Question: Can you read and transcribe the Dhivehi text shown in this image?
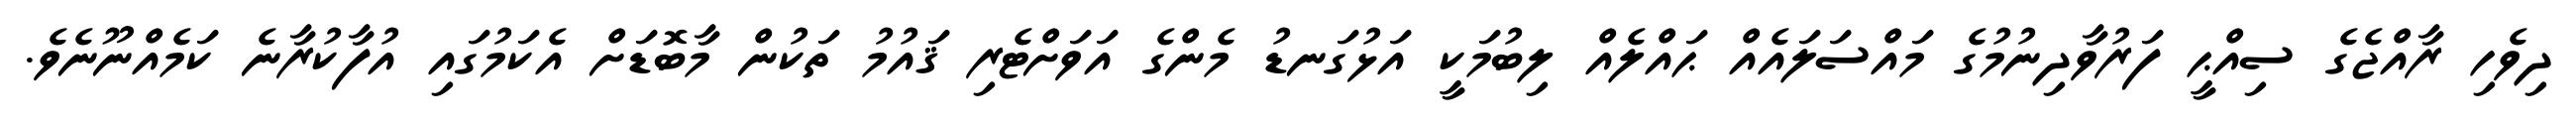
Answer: ދިވެހި ރާއްޖެގެ ސިއްޙީ ފަރުވާދިނުމުގެ މައްސަލައެއް ޙައްލެއް ލިބުމަކީ އަޅުގަނޑު މެންގެ އަވަށްޓެރި ޤައުމު ތަކުން މާބޮޑަށް އެކަމުގައި އުފާކުރާނެ ކަމެއްނޫނެވެ.